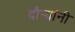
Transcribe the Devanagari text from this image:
दौर्‍यांनी